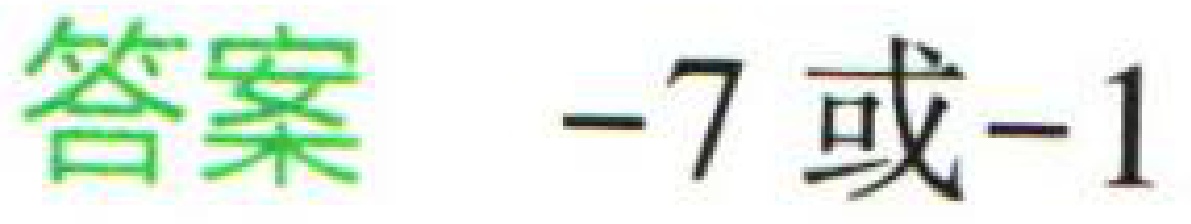
答案 -7或-1